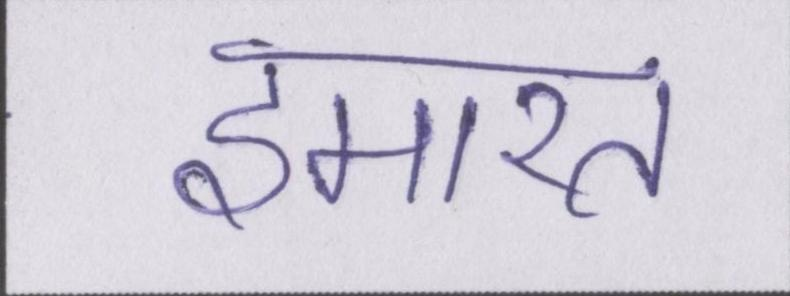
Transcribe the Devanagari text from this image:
इमारत